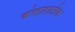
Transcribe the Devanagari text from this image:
कंसारालोक